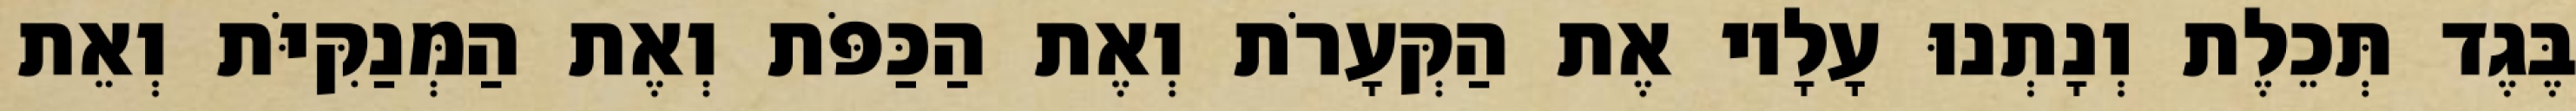
בֶּגֶד תְּכֵלֶת וְנָתְנוּ עָלָיו אֶת הַקְּעָרֹת וְאֶת הַכַּפֹּת וְאֶת הַמְּנַקִּיֹּת וְאֵת